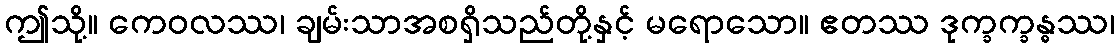
ဤသို့။ ကေဝလဿ၊ ချမ်းသာအစရှိသည်တို့နှင့် မရောသော။ ဧတဿ ဒုက္ခက္ခန္ဓဿ၊